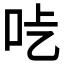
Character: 𠯡